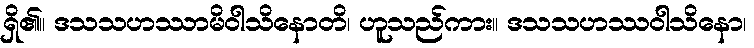
ရှိ၏။ ဒသသဟဿာမိဝါသိနောတိ၊ ဟူသည်ကား။ ဒသသဟဿဝါသိနော၊